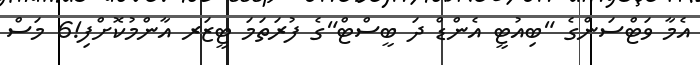
އެމާ ވަޓްސަންގެ "ބިއުޓީ އެންޑް ދަ ބީސްޓް"ގެ ފުރަތަމަ ޓީޒަރ އާންމުކޮށްފި!6 މަސް